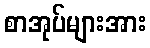
စာအုပ်များအား